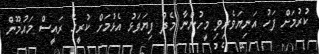
ކުރުމަށް ފަހު އަނިޔަވެރިވި މީހުންނާ މެދު ފިޔަވަޅު އެޅުމަށް ކުރީގެ ރައީސް މައުމޫން